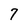
Character: 7